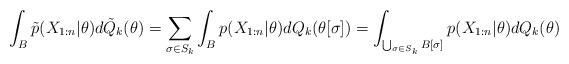
LaTeX: \begin{align*}\int_B \tilde{p}(X_{1:n}|\theta) d\tilde{Q}_k(\theta)= \sum_{\sigma\in S_k} \int_B p(X_{1:n}|\theta) d Q_k(\theta[\sigma])= \int_{\bigcup_{\sigma\in S_k} B[\sigma]} p(X_{1:n}|\theta) d Q_k(\theta)\end{align*}